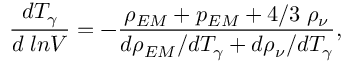
\frac { d T _ { \gamma } } { d \; l n V } = - \frac { \rho _ { E M } + p _ { E M } + 4 / 3 \; \rho _ { \nu } } { d \rho _ { E M } / d T _ { \gamma } + d \rho _ { \nu } / d T _ { \gamma } } ,